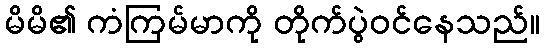
မိမိ၏ ကံကြမ်မာကို တိုက်ပွဲဝင်နေသည်။